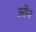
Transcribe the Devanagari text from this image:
ओ२